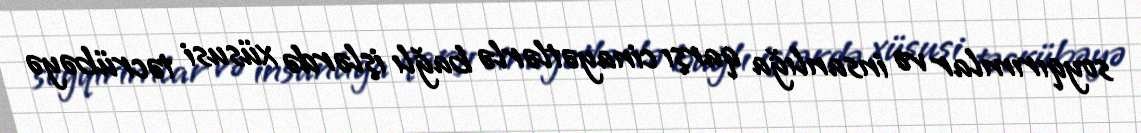
soyqırımlar və insanlığa qarşı cinayətlərlə bağlı işlərdə xüsusi təcrübəyə